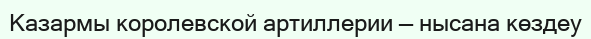
Казармы королевской артиллерии — нысана көздеу